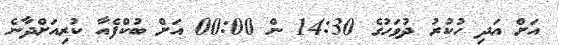
އަށް އަދި ހުކުރު ދުވަހުގެ 14:30 ން 00:00 އަށް ބުކްފެއާ ކުރިއަށްދާނެ